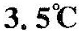
3.5℃